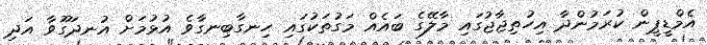
އެމްޑީޕީން ކުރަމުންދާ އިހުތިޖާޖުގައި މާލޭގެ ބައެއް މަގުތަކުގައި ހިނގާބިނގާވެ އުޅުމަށް އުނދަގޫވާ އަދި